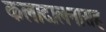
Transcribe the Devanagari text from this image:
कलादालनासह